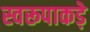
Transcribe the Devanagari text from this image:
स्वरूपाकड़े